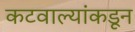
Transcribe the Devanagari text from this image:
कटवाल्यांकडून